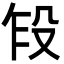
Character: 𬆢